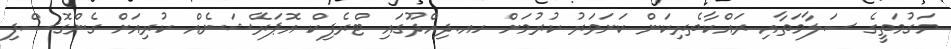
މަގުމަތީގެ ސަލާމަތާއި ރައްކާތެރިކަން ކަށަވަރު ކުރުމަށް ހއ.ދިއްދޫގައި ޓްރެފިކް އޮޕަރޭޝަނެއް ކުރިއަށް ގެންގޮސްފި